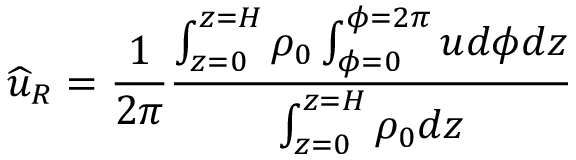
\widehat { u } _ { R } = \frac { 1 } { 2 \pi } \frac { \int _ { z = 0 } ^ { z = H } \rho _ { 0 } \int _ { \phi = 0 } ^ { \phi = 2 \pi } u d \phi d z } { \int _ { z = 0 } ^ { z = H } \rho _ { 0 } d z }